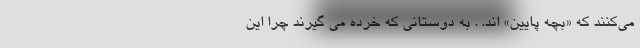
می‌کنند که «بچه پایین» اند. . به دوستانی که خرده می گیرند چرا این